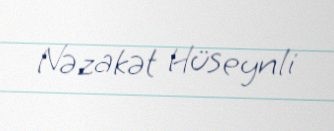
Nəzakət Hüseynli